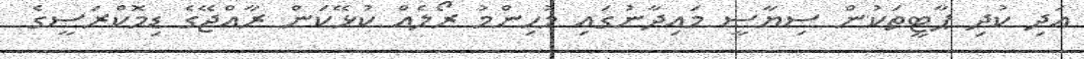
އަދި ކުދި ޕާޓީތަކުން ސިޔާސީ މައިދާނުގައި މުހިންމު ރޯލެއް ކުޅޭކަން ރާއްޖޭގެ ޑިމޮކްރަސީގެ